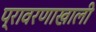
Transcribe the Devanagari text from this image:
प्रावरणाखाली